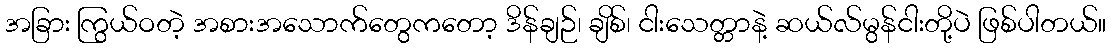
အခြား ကြွယ်ဝတဲ့ အစားအသောက်တွေကတော့ ဒိန်ချဉ်၊ ချိစ်၊ ငါးသေတ္တာနဲ့ ဆယ်လ်မွန်ငါးတို့ပဲ ဖြစ်ပါတယ်။